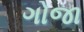
ગોજા